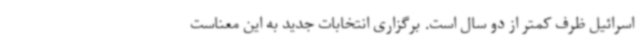
اسرائیل ظرف کمتر از دو سال است. برگزاری انتخابات جدید به این معناست